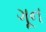
ગૂન